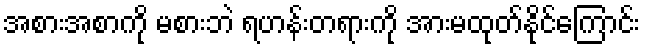
အစားအစာကို မစားဘဲ ရဟန်းတရားကို အားမထုတ်နိုင်ကြောင်း